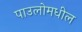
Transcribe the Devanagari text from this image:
पाउलोमधील